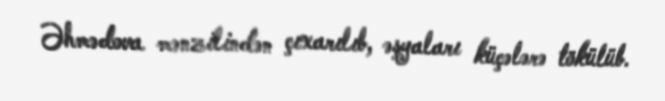
Əhmədova mənzilindən çıxarılıb, əşyaları küçələrə tökülüb.